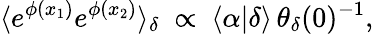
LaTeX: \langle e^{\phi(x_{1})}e^{\phi(x_{2})}\rangle_{\delta}~\propto~\langle\alpha|\delta\rangle\, \theta_{\delta}(0)^{-1},